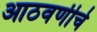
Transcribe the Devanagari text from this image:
आठवणीचे